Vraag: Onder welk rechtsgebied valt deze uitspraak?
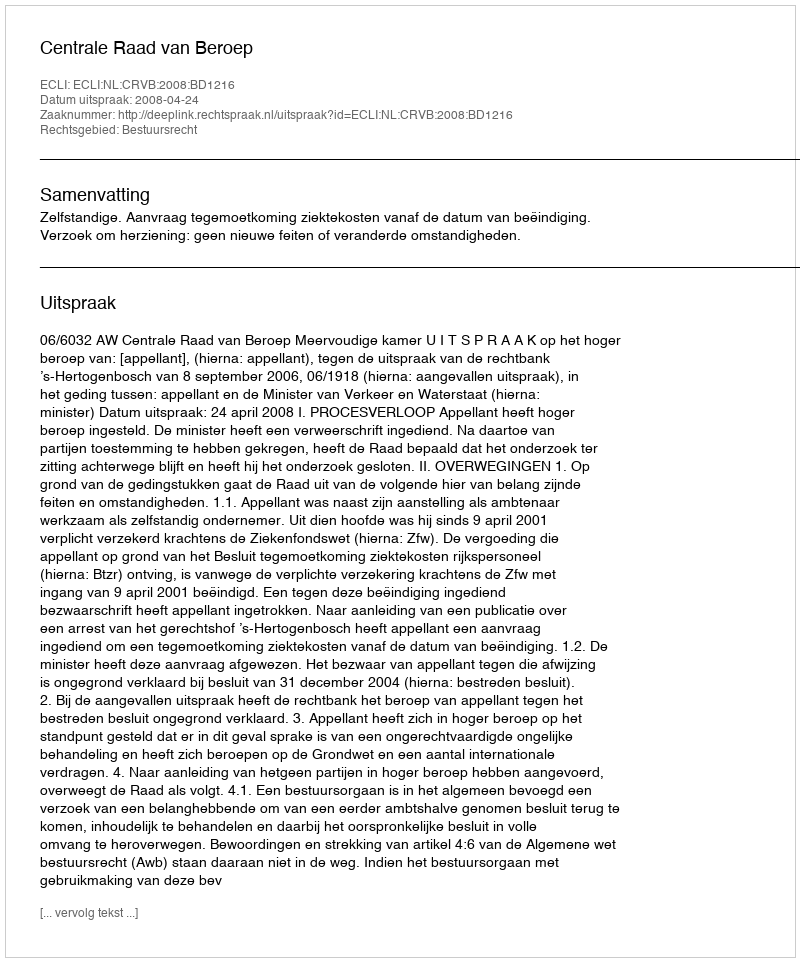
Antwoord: Bestuursrecht